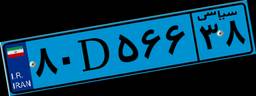
۸۰D۵۶۶۳۸